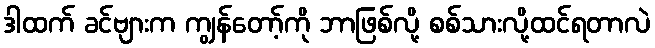
ဒါထက် ခင်ဗျားက ကျွန်တော့်ကို ဘာဖြစ်လို့ စစ်သားလို့ထင်ရတာလဲ